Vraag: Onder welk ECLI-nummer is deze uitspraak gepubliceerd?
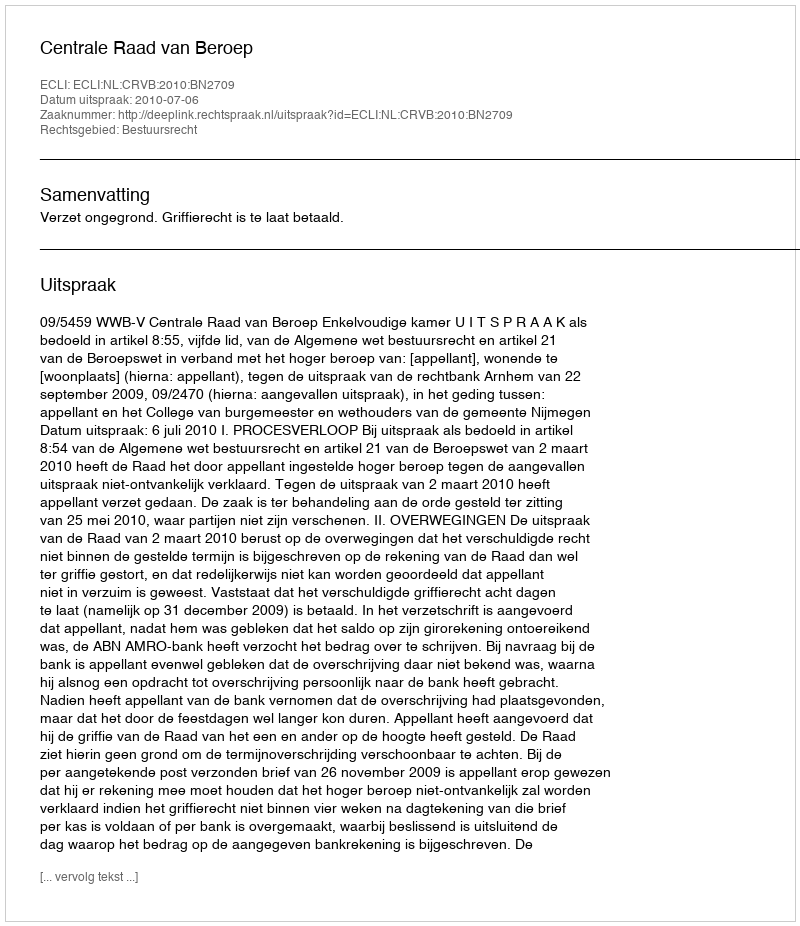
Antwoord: ECLI:NL:CRVB:2010:BN2709